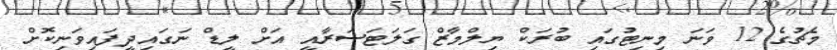
މެޗުގެ 12 ވަނަ މިނިޓުގައި ބުރަކް ޔިލްމާޒް ގަލަޓަސަރާއީ އަށް ލީޑް ނަގައިދީފައިވަނިކޮށް